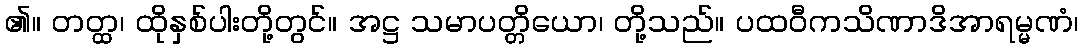
၏။ တတ္ထ၊ ထိုနှစ်ပါးတို့တွင်။ အဋ္ဌ သမာပတ္တိယော၊ တို့သည်။ ပထဝီကသိဏာဒိအာရမ္မဏံ၊